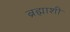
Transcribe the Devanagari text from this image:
ब्रह्माशी